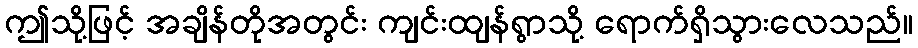
ဤသို့ဖြင့် အချိန်တိုအတွင်း ကျင်းထျန်ရွာသို့ ရောက်ရှိသွားလေသည်။